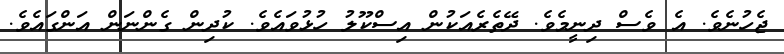
ޖެހުނެވެ. އެ ވެސް ދިނީމެވެ. ދޭތެރެއަކުން އިސްކޫލު ހުޅުވައެވެ. ކުދިން ގެންނަން އަންގައެވެ.